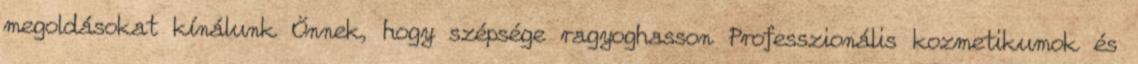
megoldásokat kínálunk Önnek, hogy szépsége ragyoghasson Professzionális kozmetikumok és